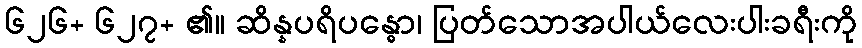
၆၂၆+ ၆၂၇+ ၏။ ဆိန္နပရိပန္ဓော၊ ပြတ်သောအပါယ်လေးပါးခရီးကို